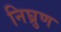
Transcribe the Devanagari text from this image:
निघ्रुण